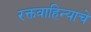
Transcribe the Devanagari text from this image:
रक्तवाहिन्याचे